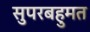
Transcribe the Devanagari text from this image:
सुपरबहुमत